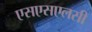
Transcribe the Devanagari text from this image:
एसएसएलसी